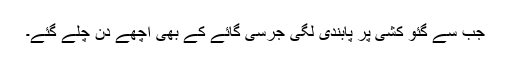
جب سے گئو کشی پر پابندی لگی جرسی گائے کے بھی اچھے دن چلے گئے۔